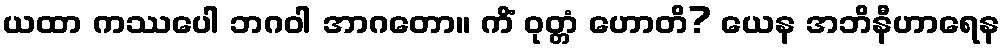
ယထာ ကဿပေါ ဘဂဝါ အာဂတော။ ကိံ ဝုတ္တံ ဟောတိ? ယေန အဘိနီဟာရေန